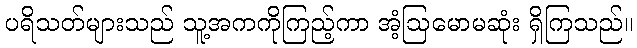
ပရိသတ်များသည် သူ့အကကိုကြည့်ကာ အံ့ဩမောမဆုံး ရှိကြသည်။